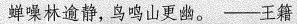
蝉噪林逾静，鸟鸣山更幽 。 ——王籍